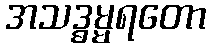
အသဒ္ဓမ္မရတော